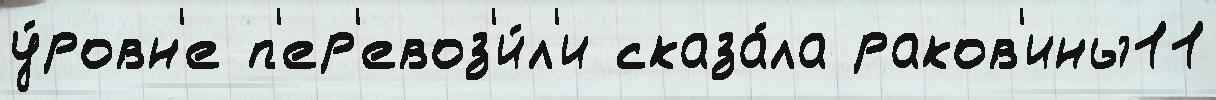
у́ровн'е п'ер'евоз'и́л'и сказа́ла раков'ины11